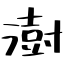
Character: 澍